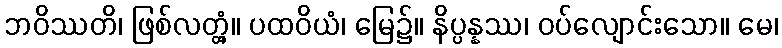
ဘဝိဿတိ၊ ဖြစ်လတ္တံ့။ ပထဝိယံ၊ မြေ၌။ နိပ္ပန္နဿ၊ ဝပ်လျောင်းသော။ မေ၊